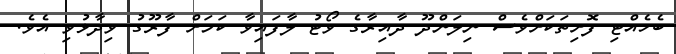
ބެހެއްޓި ފޮށިތަކަށްވެސް ނިލަންދޫ ދާއިރާގެ ވޯޓު ލާފައިވާ ކަމަށް ފާރޫގު ވިދާޅުވި އެވެ.